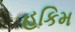
હકિમ